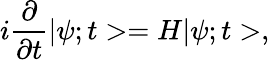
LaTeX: i\frac{\partial}{\partial t}|\psi;t>=H|\psi;t>,